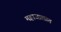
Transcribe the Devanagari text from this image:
महाजालात